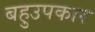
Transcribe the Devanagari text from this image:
बहुउपकार